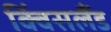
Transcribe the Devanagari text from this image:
क्विंसलैंड